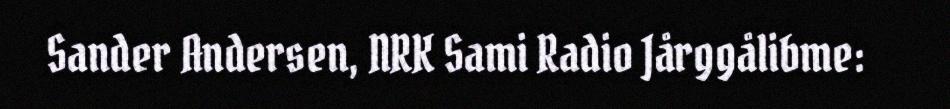
Sander Andersen, NRK Sami Radio Jårggålibme: